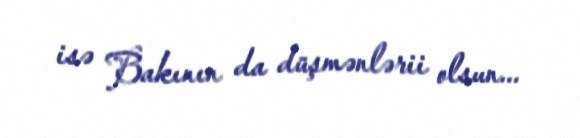
isə Bakının da düşmənlərii olsun...